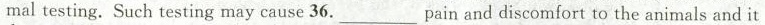
mal testing. Such testing may cause 36.___ Pain and discomfort to the animals and it